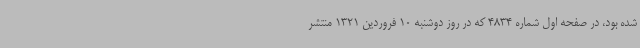
شده بود، در صفحه اول شماره 4834 که در روز دوشنبه 10 فروردین 1321 منتشر